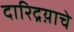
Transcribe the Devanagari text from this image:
दारिद्रय़ाचे